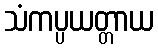
သံကပ္ပယတ္တာယ